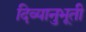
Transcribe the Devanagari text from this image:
दिव्यानुभूती